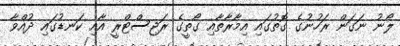
ލޯނު ނަގަން ރަހުނުގެ ގޮތުގައި އިމާރާތާއި ގޯތީގެ ރަޖިސްޓްރީ އާއި ކަނޑުގައި ދުއްވާ